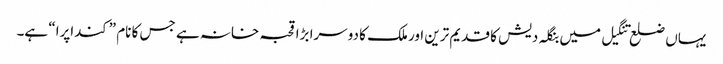
یہاں ضلع تنگیل میں بنگلہ دیش کا قدیم ترین اور ملک کا دوسرا بڑا قحبہ خانہ ہے جس کا نام ”کنداپرا“ ہے۔